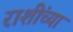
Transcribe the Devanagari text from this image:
राशींच्या